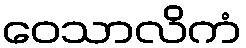
ဝေသာလိကံ